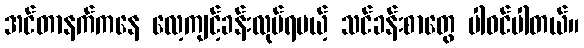
အင်တာနက်ကနေ လေ့ကျင့်ခန်းလုပ်ရမယ့် သင်ခန်းစာတွေ ပါဝင်ပါတယ်။